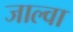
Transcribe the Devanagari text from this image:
जाल्वा